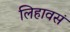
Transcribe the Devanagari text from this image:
लिहावसं